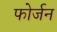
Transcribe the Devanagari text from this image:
फोर्जन